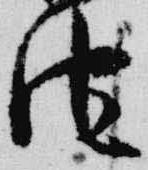
池